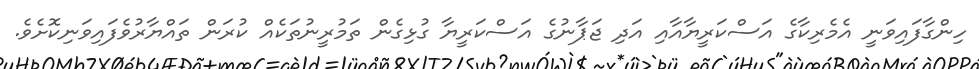
ހިންގާފައިވަނީ އެމެރިކާގެ އަސްކަރީޔާއާއި އަދި ޖަޕާނުގެ އަސްކަރީޔާ ގުޅިގެން ތަމުރީނުތަކެއް ކުރަން ތައްޔާރުވެފައިވަނިކޮށެވެ.